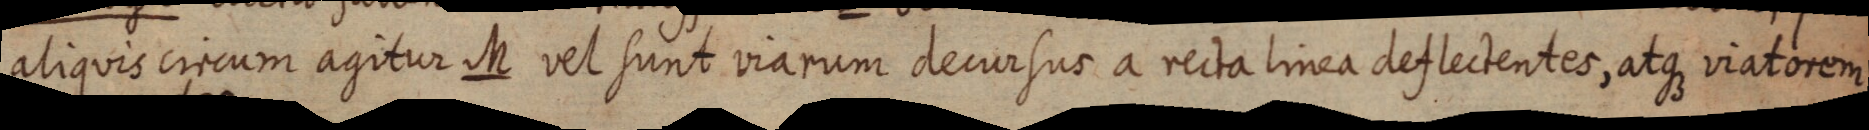
aliquis circum agitur M vel sunt viarum decursus a recta linea deflectentes, atque viatorem